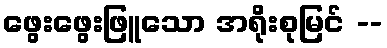
ဖွေးဖွေးဖြူသော အရိုးစုမြင် --